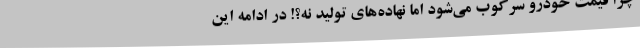
چرا قیمت خودرو سرکوب می‌شود اما نهاده‌های تولید نه؟! در ادامه این